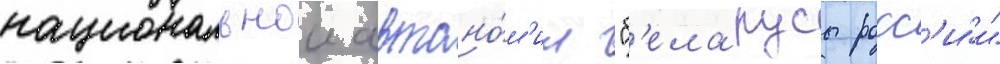
национальнои автоно́м'ии "б'еларусы росс'и́и"